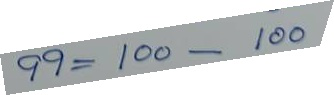
99 = 100 - 100